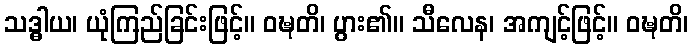
သဒ္ဓါယ၊ ယုံကြည်ခြင်းဖြင့်။ ဝဍ္ဎတိ၊ ပွား၏။ သီလေန၊ အကျင့်ဖြင့်။ ဝဍ္ဎတိ၊